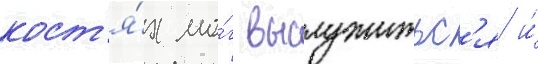
кост'я́х мо́г выслужитьс'я и́